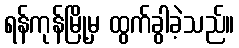
ရန်ကုန်မြို့မှ ထွက်ခွါခဲ့သည်။